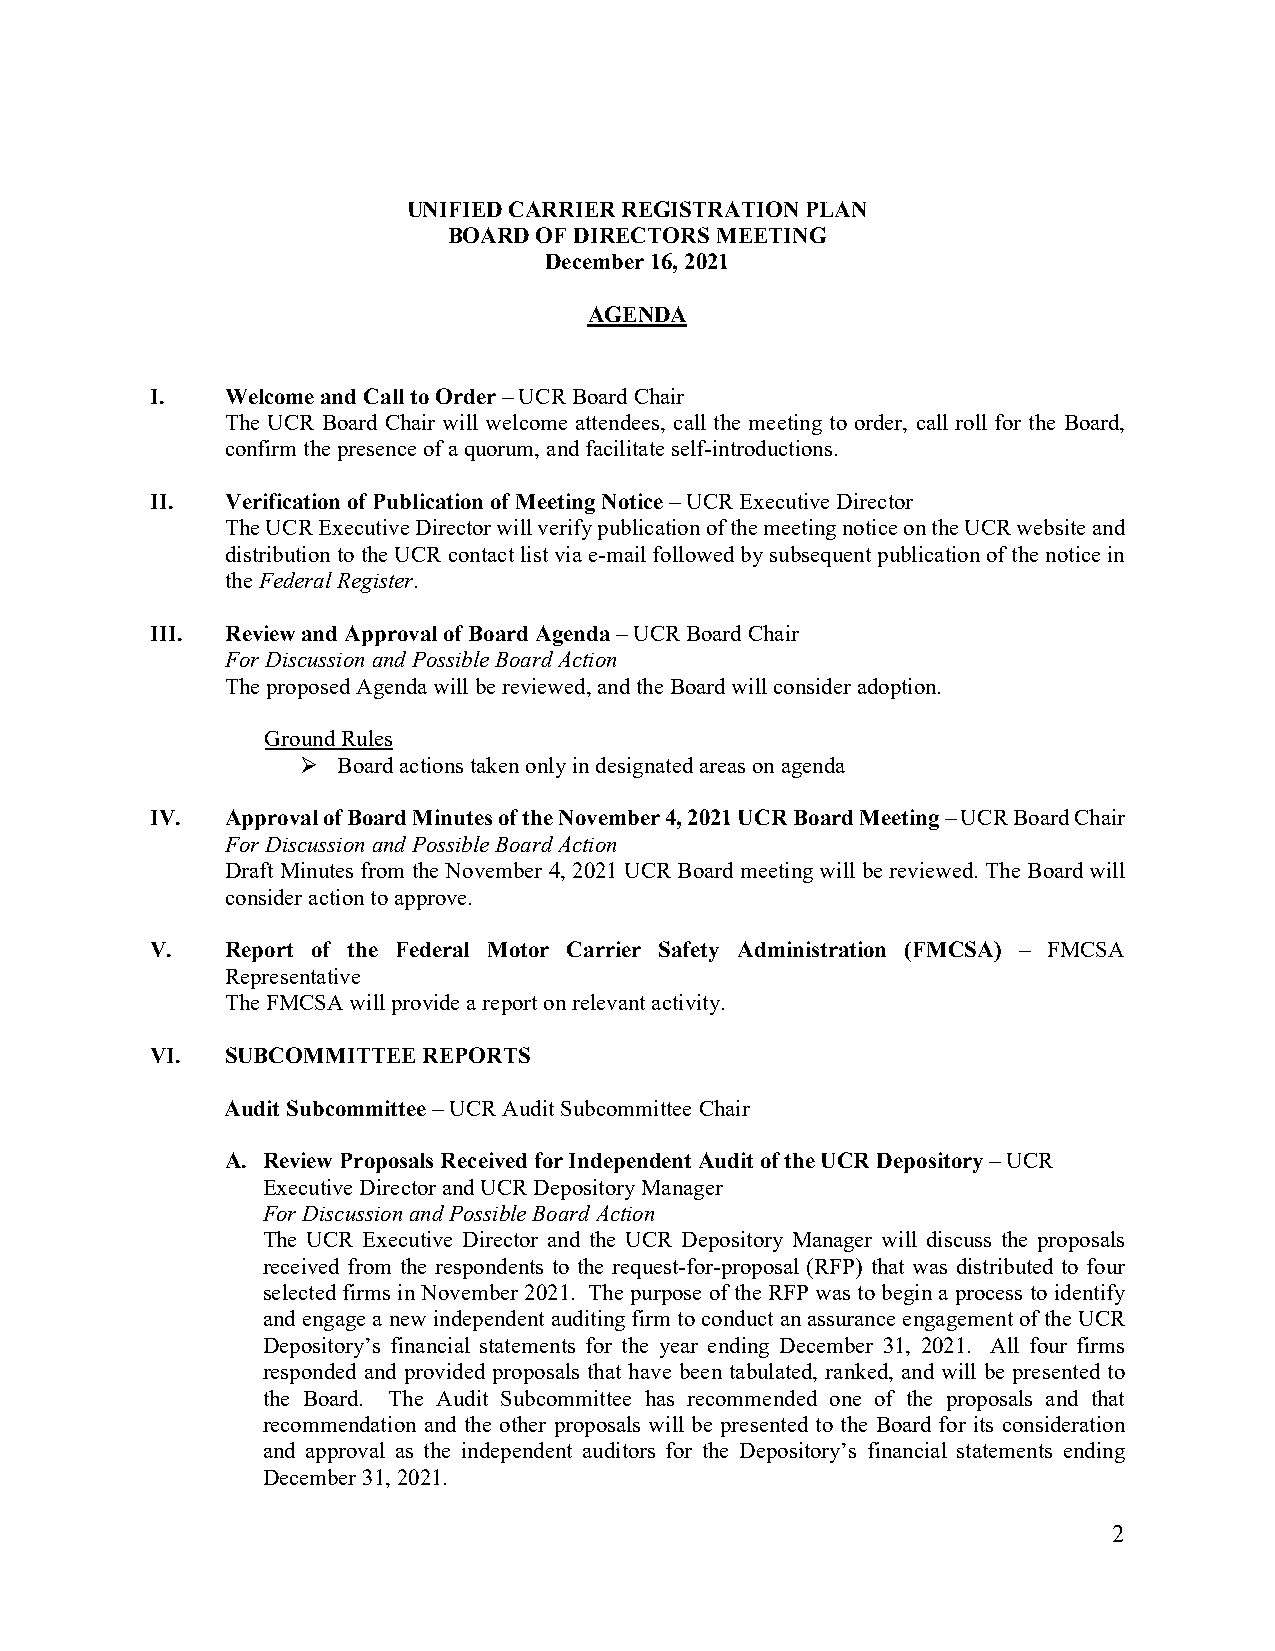
UNIFIED CARRIER REGISTRATION PLAN
 BOARD OF DIRECTORS MEETING
 December 16, 2021
 AGENDA
 I.   Welcome and Call to Order – UCR Board Chair
 The UCR Board Chair will welcome attendees, call the meeting to order, call roll for the Board,
 confirm the presence of a quorum, and facilitate self-introductions.
 II.  Verification of Publication of Meeting Notice – UCR Executive Director
 The UCR Executive Director will verify publication of the meeting notice on the UCR website and
 distribution to the UCR contact list via e-mail followed by subsequent publication of the notice in
 the Federal Register.
 III. Review and Approval of Board Agenda – UCR Board Chair
 For Discussion and Possible Board Action
 The proposed Agenda will be reviewed, and the Board will consider adoption.
 Ground Rules
  Board actions taken only in designated areas on agenda
 IV.  Approval of Board Minutes of the November 4, 2021 UCR Board Meeting – UCR Board Chair
 For Discussion and Possible Board Action
 Draft Minutes from the November 4, 2021 UCR Board meeting will be reviewed. The Board will
 consider action to approve.
 V.   Report of the Federal Motor Carrier Safety Administration (FMCSA) – FMCSA
 Representative
 The FMCSA will provide a report on relevant activity.
 VI.  SUBCOMMITTEE REPORTS
 Audit Subcommittee – UCR Audit Subcommittee Chair
 A. Review Proposals Received for Independent Audit of the UCR Depository – UCR
 Executive Director and UCR Depository Manager
 For Discussion and Possible Board Action
 The UCR Executive Director and the UCR Depository Manager will discuss the proposals
 received from the respondents to the request-for-proposal (RFP) that was distributed to four
 selected firms in November 2021. The purpose of the RFP was to begin a process to identify
 and engage a new independent auditing firm to conduct an assurance engagement of the UCR
 Depository’s financial statements for the year ending December 31, 2021. All four firms
 responded and provided proposals that have been tabulated, ranked, and will be presented to
 the Board. The Audit Subcommittee has recommended one of the proposals and that
 recommendation and the other proposals will be presented to the Board for its consideration
 and approval as the independent auditors for the Depository’s financial statements ending
 December 31, 2021.
 2